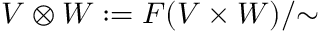
V \otimes W : = F ( V \times W ) / { \sim }